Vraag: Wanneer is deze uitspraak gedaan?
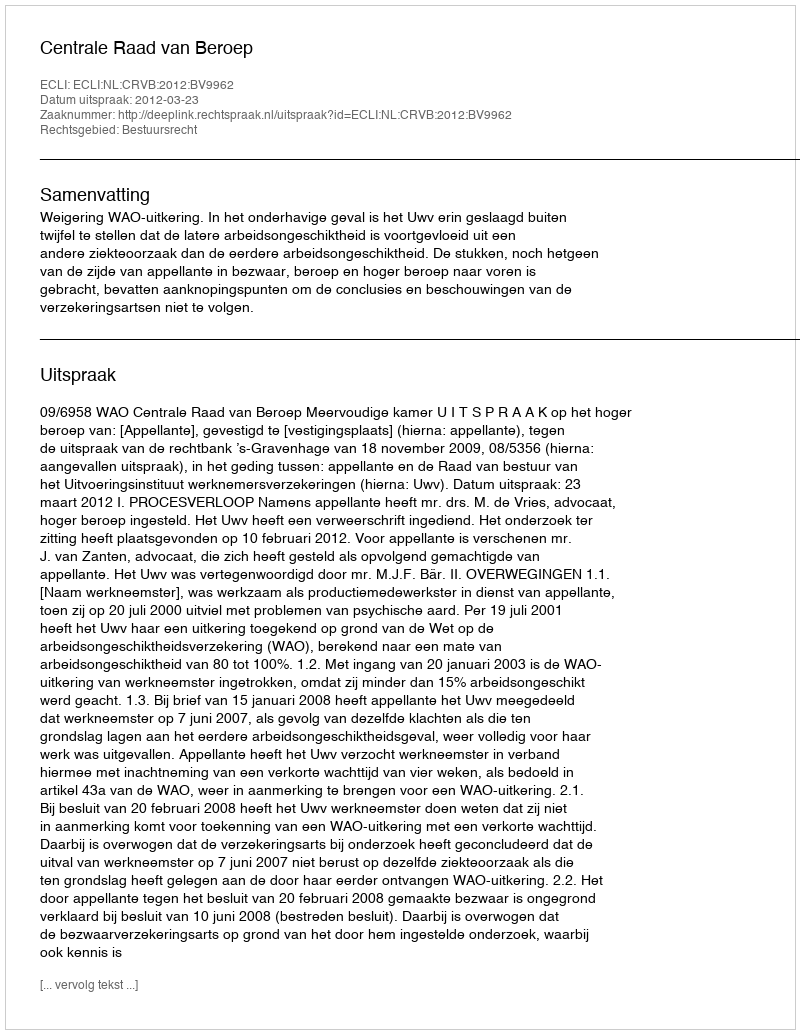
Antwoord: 2012-03-23